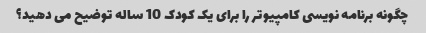
چگونه برنامه نویسی کامپیوتر را برای یک کودک 10 ساله توضیح می دهید؟